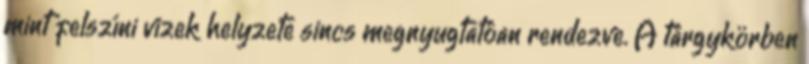
mint felszíni vizek helyzete sincs megnyugtatóan rendezve. A tárgykörben